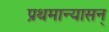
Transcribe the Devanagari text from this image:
प्रथमान्यासन्